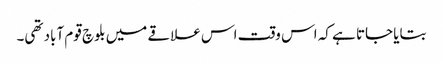
بتایا جاتا ہے کہ اس وقت اس علاقے میں بلوچ قوم آباد تھی۔